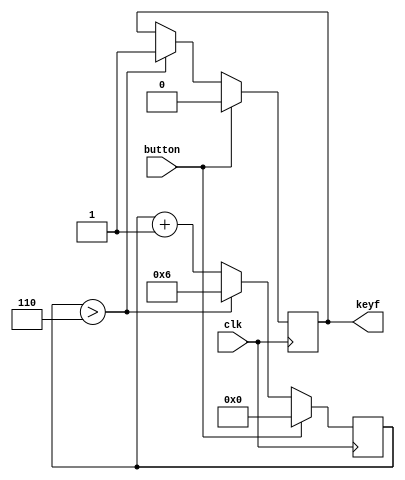
module keyboard(clk,button,keyf);
input button;
input clk;
output keyf;
reg keyf;

reg [3:0] num;

always@(posedge clk)begin
	if(button==0)begin
		num<=num+1;
		if(num>4'b0110)begin
			keyf<=1;
			num<=4'b0110;
		end
	end
	else if(button!=0) begin
		num<=0;
		keyf<=0;
	end
end

endmodule